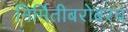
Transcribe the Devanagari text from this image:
निर्मितीबरोबरच